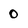
Character: 0